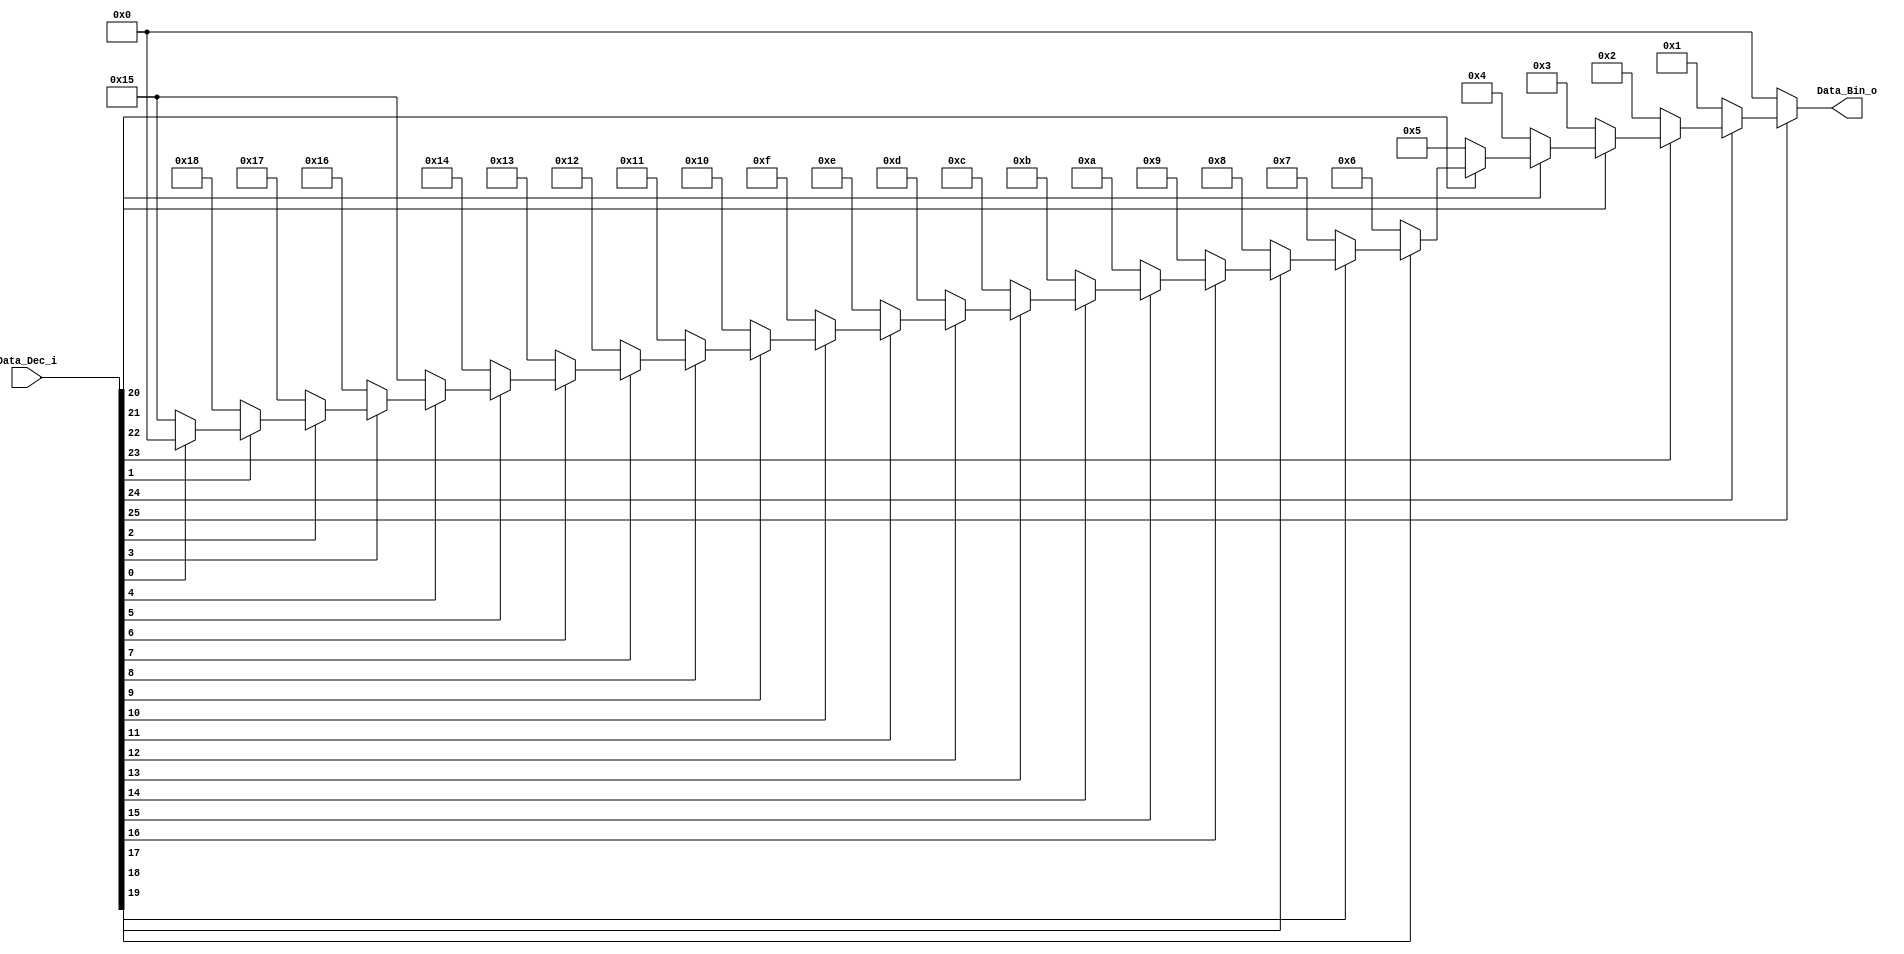
//==================================================================================================
//  Revision      :
//  Company       : Instituto Tecnologico de Costa Rica
//
//  Description   : New LZD version
//
//
//==================================================================================================
`timescale 1ns / 1ps
//////////////////////////////////////////////////////////////////////////////////
// Company:
// Engineer:
//
// Design Name:
// Module Name: Priority_Codec_32
// Project Name:
// Target Devices:
// Tool Versions:
// Description:
//
// Dependencies:
//
// Revision:
// Revision 0.01 - File Created
// Additional Comments:
//
//////////////////////////////////////////////////////////////////////////////////


module Priority_Codec_32(
    input wire [25:0] Data_Dec_i,
    output reg [4:0] Data_Bin_o
    );
parameter SWR = 26;

	always @(Data_Dec_i)
	begin
		if(~Data_Dec_i[25]) begin Data_Bin_o = 5'b00000;//0
		end else if(~Data_Dec_i[24]) begin Data_Bin_o = 5'b00001;//1
		end else if(~Data_Dec_i[23]) begin Data_Bin_o = 5'b00010;//2
		end else if(~Data_Dec_i[22]) begin Data_Bin_o = 5'b00011;//3
		end else if(~Data_Dec_i[21]) begin Data_Bin_o = 5'b00100;//4
		end else if(~Data_Dec_i[20]) begin Data_Bin_o = 5'b00101;//5
		end else if(~Data_Dec_i[19]) begin Data_Bin_o = 5'b00110;//6
		end else if(~Data_Dec_i[18]) begin Data_Bin_o = 5'b00111;//7
		end else if(~Data_Dec_i[17]) begin Data_Bin_o = 5'b01000;//8
		end else if(~Data_Dec_i[16]) begin Data_Bin_o = 5'b01001;//9
		end else if(~Data_Dec_i[15]) begin Data_Bin_o = 5'b01010;//10
		end else if(~Data_Dec_i[14]) begin Data_Bin_o = 5'b01011;//11
		end else if(~Data_Dec_i[13]) begin Data_Bin_o = 5'b01100;//12
		end else if(~Data_Dec_i[12]) begin Data_Bin_o = 5'b01101;//13
		end else if(~Data_Dec_i[11]) begin Data_Bin_o = 5'b01110;//14
		end else if(~Data_Dec_i[10]) begin Data_Bin_o = 5'b01111;//15
		end else if(~Data_Dec_i[9])  begin Data_Bin_o = 5'b10000;//16
		end else if(~Data_Dec_i[8])  begin Data_Bin_o = 5'b10001;//17
		end else if(~Data_Dec_i[7])  begin Data_Bin_o = 5'b10010;//18
		end else if(~Data_Dec_i[6])  begin Data_Bin_o = 5'b10011;//19
		end else if(~Data_Dec_i[5])  begin Data_Bin_o = 5'b10100;//20
		end else if(~Data_Dec_i[4])  begin Data_Bin_o = 5'b10101;//21
		end else if(~Data_Dec_i[3])  begin Data_Bin_o = 5'b10110;//22
		end else if(~Data_Dec_i[2])  begin Data_Bin_o = 5'b10111;//23
		end else if(~Data_Dec_i[1])  begin Data_Bin_o = 5'b11000;//24
		end else if(~Data_Dec_i[0])  begin Data_Bin_o = 5'b10101;//25
		end
		else Data_Bin_o = 5'b00000;//zero value

	end


endmodule